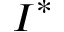
I ^ { * }